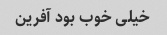
خیلی خوب بود آفرین